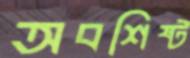
অবশিষ্ট